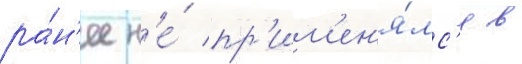
ра́н'ее н'е́ пр'им'ен'я́лс'я в